Annual administration report of the Civil Veterinary Department of India - 1900-1901
Year: 1900
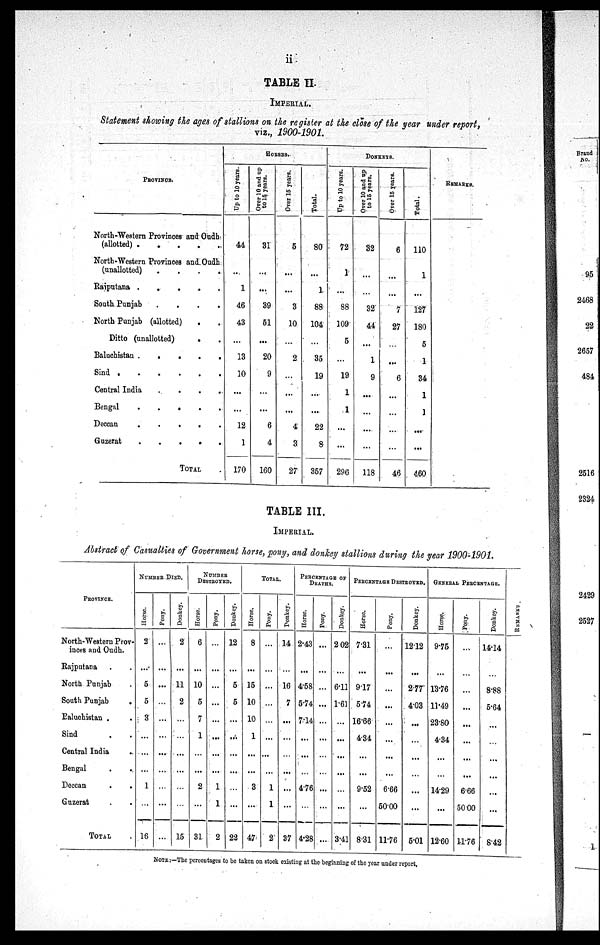
ii
TABLE II.
IMPERIAL.
Statement showing the ages of stallions on the register at the close of the year under report,
viz., 1900-1901.
PROVINCE.
North-Western Provinces and Oudh
(allotted) .
.
.
.
.
North-Western Provinces and Oudh
(unallotted)
.
.
.
.
Raiputana . . . . . .
South Punjab
.
.
.
.
North Punjab (allotted) . .
Ditto (unallotted) . .
Baluchistan
.
.
.
.
Sind
.
.
.
.
.
Central India
.
.
.
.
Bengal
.
.
.
.
Deccan
.
.
.
.
.
Guzerat
.
.
.
.
.
TOTAL .
HORSES.
Up to 10 years.
44
..
1
46
43
...
13
10
...
...
12
1
170
Over 10 and up
to 15, years.
31
...
...
39
51
...
20
9
...
...
6
4
160
Over 15 years.
5
...
...
3
10
...
2
...
...
...
4
3
27
Total.
80
...
1
88
104
...
35
19
...
...
22
8
357
DONKEYS.
Up to 10 years.
72
1
...
88
109
5
...
19
1
1
...
...
296
Over 10 and up
to 15 years.
32
...
...
32
44
...
1
9
...
...
...
...
118
Over 15 years.
6
...
...
7
27
...
.... ..
6
...
...
...
...
46
Total.
110
1
...
127
180
5
1
34
1
1
......
...
460
REMARKS.
TABLE III.
IMPERIAL.
Abstract of Casualties of Government horse, pony, and donkey stallions during the year 1900-1901.
PROVINCE.
North-Western Prov-
inces and Oudh.
Rajputana . .
North Punjab
South Punjab
.
Baluchistan .
Sind . .
Central India .
Bengal . .
Deccan . .
Guzerat
TOTAL
NUMBER DIED.
Horse.
2
...
5
5
3
...
...
...
1
...
16
Pony.
...
...
...
...
...
...
...
...
...
Donkey.
2
...
11
2
...
...
...
...
...
...
15
NUMBER
DESTROYED.
Horse.
6
...
10
5
7
1
...
...
2
...
31
Pony.
...
...
...
...
...
...
...
...
1
1
2
Donkey.
12
...
5
5
...
...
...
...
...
...
22
TOTAL.
Horse.
8
...
15
10
10
1
...
...
3
...
47
Pony.
...
...
...
...
...
...
...
...
1
1
2
Donkey.
14
...
16
7
...
...
...
...
...
...
37
PERCENTAGE OF
DEATHS.
Horse.
2.43
...
4.58
5.74
7.14
...
...
...
4.76
...
4.28
Pony.
...
...
...
...
...
...
...
...
...
...
...
Donkey.
2 02
...
6.11
1.61
...
...
...
...
...
...
3.41
PERCENTAGE DESTROYED.
Horse.
7.31
...
9.17
5.74
16.66
4.34
...
...
9.52
...
8.31
Pony.
...
...
...
...
...
...
...
...
6.66
50.00
11.76
Donkey.
12.12
...
2.77
4.03
...
...
...
...
...
...
5.01
GENERAL PERCENTAGE..
Horse.
9.75
...
13.76
11.49
23.80
4.34
...
...
14.29
...
12.60
Pony.
...
...
...
...
...
...
...
...
6.66
50.00
11.76
Donkey.
14.14
...
8.88
5.64
...
...
...
...
...
...
8.42
NOTE :—The percentages to be taken on stock existing at the beginning of the year under report,